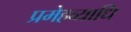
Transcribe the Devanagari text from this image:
प्रमेहव्याधि